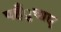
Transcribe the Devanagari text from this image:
पहँुचाए